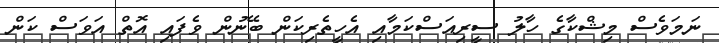
ނަމަވެސް މިޝްކާގެ ހާލު ސީރިއަސްކަމާއި އެހީތެރިކަން ބޭނުން ވެފައި އޮތް އަވަސް ކަން